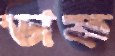
ডাফ